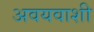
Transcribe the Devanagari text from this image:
अवयवाशी